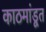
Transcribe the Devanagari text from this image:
काठमांडूत